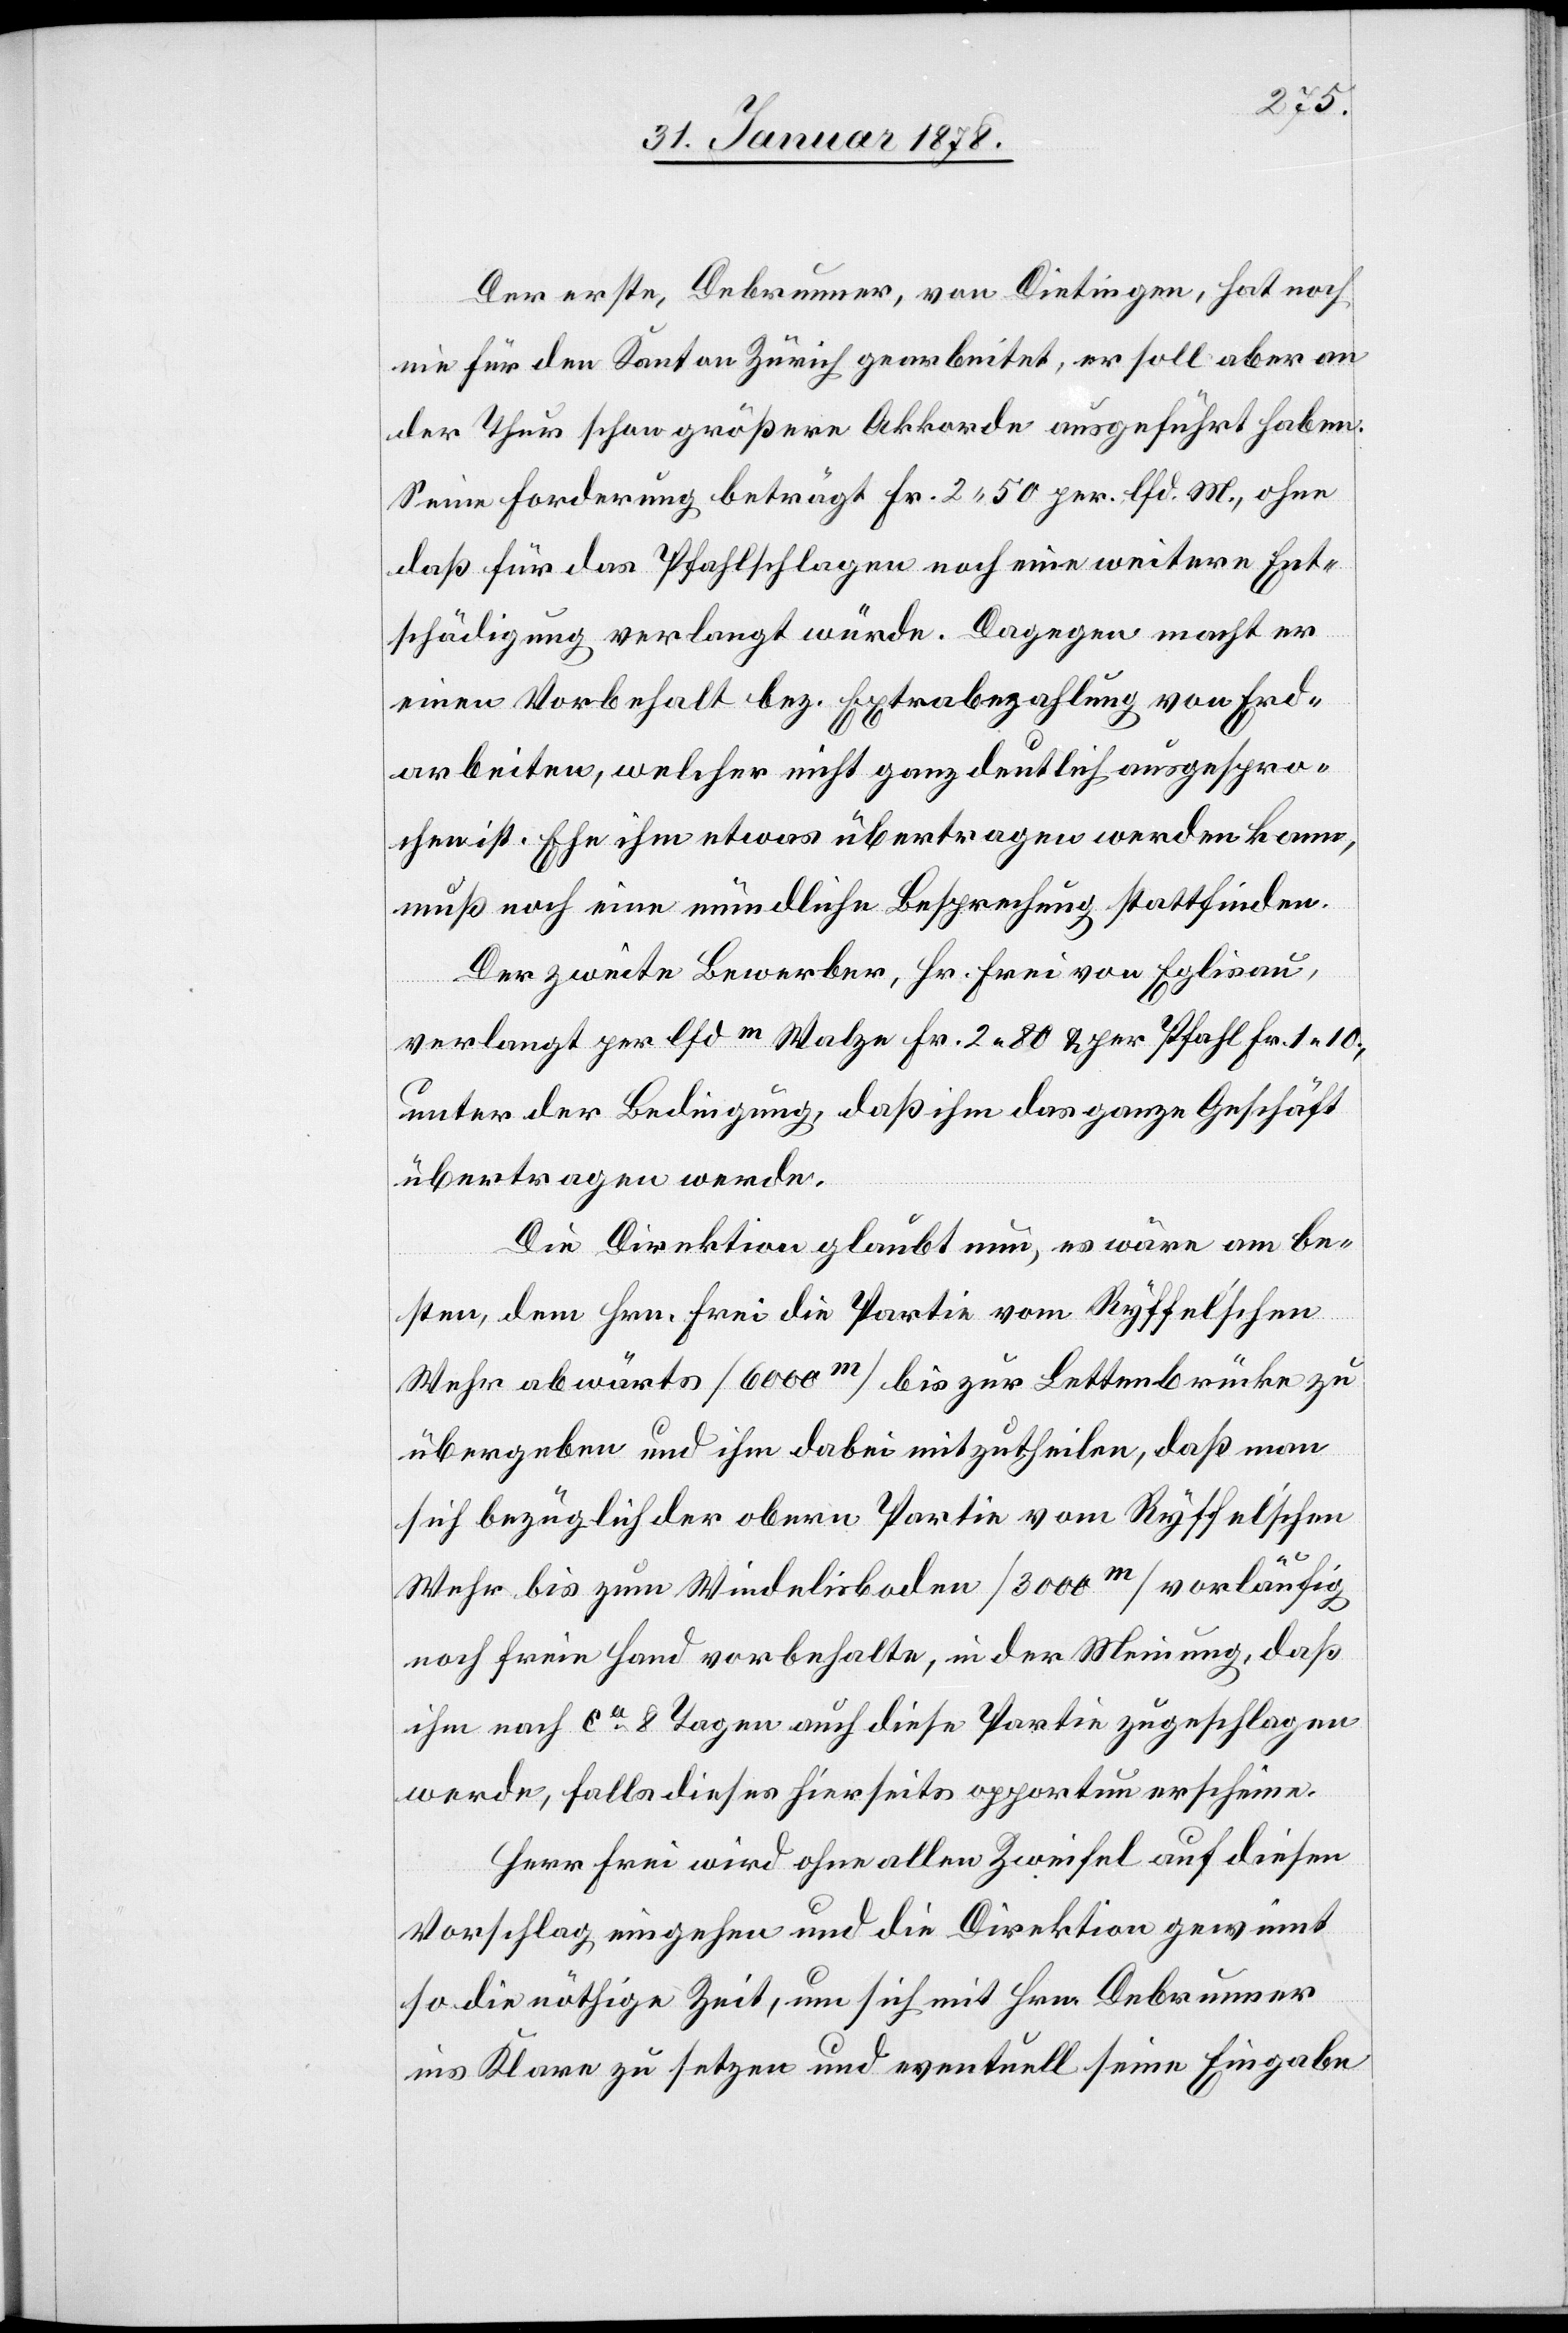
Der erste, Debrunner, von Dietingen, hat noch
nie für den Kanton Zürich gearbeitet, er soll aber an
der Thur schon größere Akkorde ausgeführt haben.
Seine Forderung beträgt Fr. 2. 50 per. lfd. M., ohne
daß für das Pfahlschlagen noch eine weitere Ent¬
schädigung verlangt würde. Dagegen macht er
einen Vorbehalt bez. Extrabezahlung von Erd¬
arbeiten, welcher nicht ganz deutlich ausgespro¬
chen ist. Ehe ihm etwas übertragen werden kann,
muß noch eine mündliche Besprechung stattfinden.
Der zweite Bewerber, Hr. Frei von Eglisau,
verlangt per lfdm Walze Fr. 2. 80 & per Pfahl Fr. 1. 10.,
unter der Bedingung, daß ihm das ganze Geschäft
übertragen werde.
Die Direktion glaubt nun, es wäre am be¬
sten, dem Hrn. Frei die Partie vom Ryffel’schen
Wehr abwärts (6000m) bis zur Bettenbrücke zu
übergeben und ihm dabei mitzutheilen, daß man
sich bezüglich der obern Partie vom Ryffel’schen
Wehr bis zum Wiedelisbaden (3000m) vorläufig
noch freie Hand vorbehalte, in der Meinung, daß
ihm nach ca 8 Tagen auch diese Partie zugeschlagen
werde, falls dieses hierseits opportun erscheine.
Herr Frei wird ohne allen Zweifel auf diesen
Vorschlag eingehen und die Direktion gewinnt
so die nöthige Zeit, um sich mit Hrn. Debrunner
ins Klare zu setzen und eventuell seine Eingabe